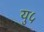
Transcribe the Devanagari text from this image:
यु५